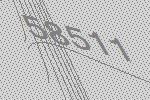
58511